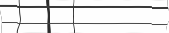
٤٦